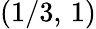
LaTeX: (1/3,\, 1)